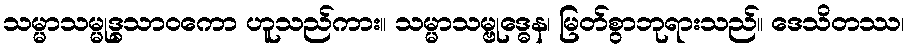
သမ္မာသမ္မုဒ္ဓသာဝကော ဟူသည်ကား။ သမ္မာသမ္ဗုဒ္ဓေန၊ မြတ်စွာဘုရားသည်။ ဒေသိတဿ၊